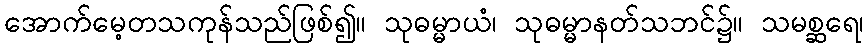
အောက်မေ့တသကုန်သည်ဖြစ်၍။ သုဓမ္မာယံ၊ သုဓမ္မာနတ်သဘင်၌။ သမစ္ဆရေ၊